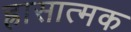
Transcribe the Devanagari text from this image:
ह्रासात्मक